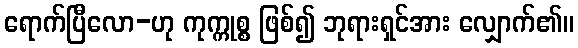
ရောက်ပြီလော-ဟု ကုက္ကုစ္စ ဖြစ်၍ ဘုရားရှင်အား လျှောက်၏။